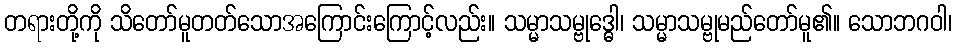
တရားတို့ကို သိတော်မူတတ်သောအကြောင်းကြောင့်လည်း။ သမ္မာသမ္ဗုဒ္ဓေါ၊ သမ္မာသမ္ဗုမည်တော်မူ၏။ သောဘဂဝါ၊